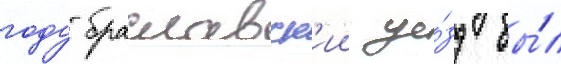
году браславск'ии уе́зд бы́л